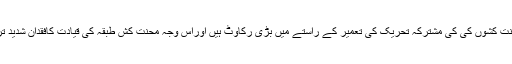
یہ محنت کشوں کی کی مشترکہ تحریک کی تعمیر کے راستے میں بڑی رکاوٹ ہیں اوراس وجہ محنت کش طبقہ کی قیادت کافقدان شدید تر ہے۔